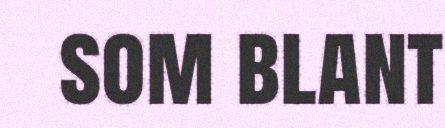
som blant